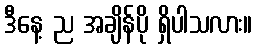
ဒီနေ့ ည အချိန်ပို ရှိပါသလား။